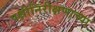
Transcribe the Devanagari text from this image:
पक्षीनिरीक्षणाच्या